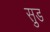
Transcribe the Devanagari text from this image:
सु़ड